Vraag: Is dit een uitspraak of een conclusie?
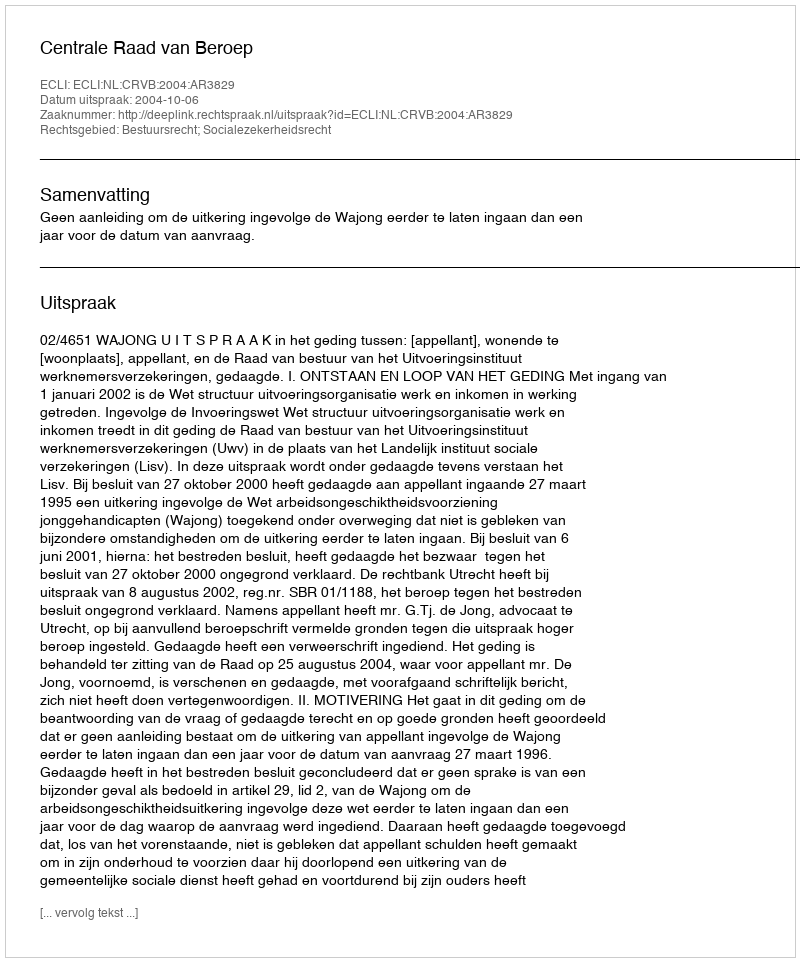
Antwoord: Uitspraak